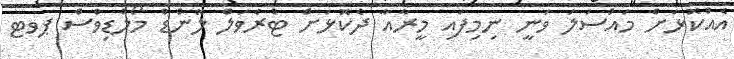
އެއްކޮޅަށް މައްސަލަ ވަނީ ނިމިފައި މީރާއާ ދެކޮޅަށް ޓްރެވަލް ލޭންޑް މޯލްޑިވްސް ޕވޓ